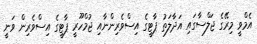
އެމްވީ މިރޭގެ ޖަލްސާގައި އަދާލަތު ޕާޓީގެ އިސްވެރިންނާއި ޖުމްހޫރީ ޕާޓީގެ އިސްވެރިން ވަނީ